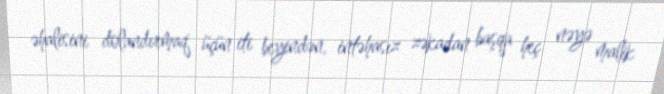
əhalisini dolandırmaq üçün iti beyindən, intəhasız zəkadan başqa heç nəyə malik